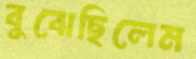
বুঝেছিলেম